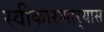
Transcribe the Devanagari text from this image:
स्वीकारणार्‍यास